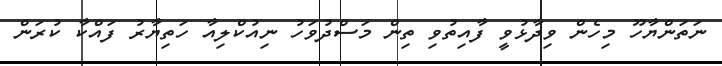
ނަތަންޔާހޫ މިހެން ވިދާޅުވީ ފާއިތުވި ތިން މަސްދުވަހު ނިއުކްލިއާ ހަތިޔާރު ފައްކާ ކުރަން